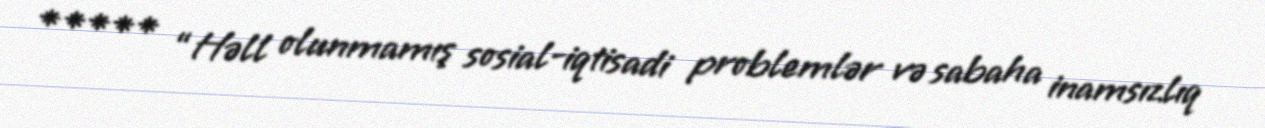
***** “Həll olunmamış sosial-iqtisadi problemlər və sabaha inamsızlıq